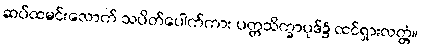
ဆပ်ထမင်းလောက် သပိတ်ပေါက်ကား ပတ္တသိက္ခာပုဒ်၌ ထင်ရှားလတ္တံ့။